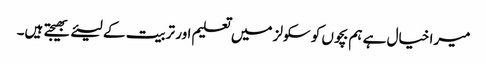
میرا خیال ہے ہم بچوں کو سکولز میں تعلیم اور تربیت کے لیئے بھیجتے ہیں۔